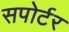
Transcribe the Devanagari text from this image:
सपोर्टर